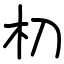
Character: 朷